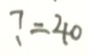
? = 4 0